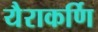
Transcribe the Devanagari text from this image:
यैराकर्णि